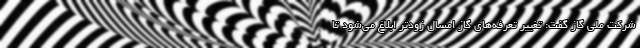
شرکت ملی گاز گفت: تغییر تعرفه‌های گاز امسال زودتر ابلاغ می‌شود تا